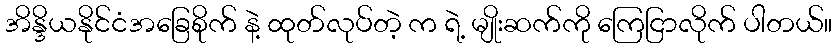
အိန္ဒိယနိုင်ငံအခြေစိုက် နဲ့ ထုတ်လုပ်တဲ့ က ရဲ့ မျိုးဆက်ကို ကြေငြာလိုက် ပါတယ်။